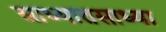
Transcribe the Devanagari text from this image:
साध्यातसाध्या